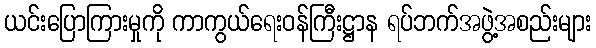
ယင်းပြောကြားမှုကို ကာကွယ်ရေးဝန်ကြီးဋ္ဌာန ရပ်ဘက်အဖွဲ့အစည်းများ